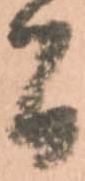
間